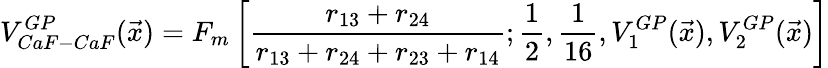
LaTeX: V_{CaF-CaF}^{GP}(\vec{x})=F_{m}\left[\frac{r_{13}+r_{24}}{r_{13}+r_{24}+r_{23}+r_{14}};\frac{1}{2},\frac{1}{16},V_{1}^{GP}(\vec{x}),V_{2}^{GP}(\vec{x})\right]